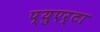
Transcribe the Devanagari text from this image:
प्युएर्टा